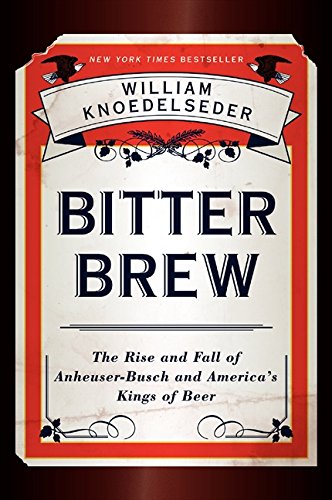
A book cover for Bitter Brew: The Rise and Fall of Anheuser-Busch and America's Kings of Beer; William Knoedelseder; Cookbooks, Food & Wine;